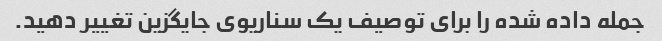
جمله داده شده را برای توصیف یک سناریوی جایگزین تغییر دهید.